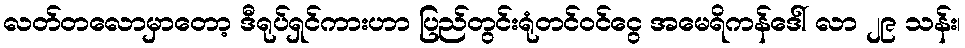
လတ်တလောမှာတော့ ဒီရုပ်ရှင်ကားဟာ ပြည်တွင်းရုံတင်ဝင်ငွေ အမေရိကန်ဒေါ် လာ ၂၉ သန်း၊